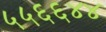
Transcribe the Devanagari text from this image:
५५६६४४